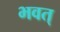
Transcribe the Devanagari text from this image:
भवत्